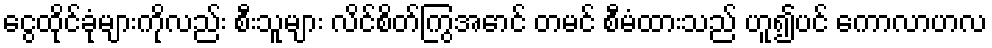
ငွေထိုင်ခုံများကိုလည်း စီးသူများ လိင်စိတ်ကြွအောင် တမင် စီမံထားသည် ဟူ၍ပင် ကောလာဟလ